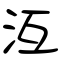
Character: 沍